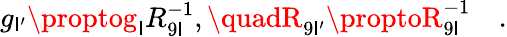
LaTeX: g_{\mathsf{I}^{\prime}}\proptog_{\mathsf{I}}R_{9\mathsf{I}}^{-1},\quadR_{9\mathsf{I}^{\prime}}\proptoR_{9\mathsf{I}}^{-1}\quad.